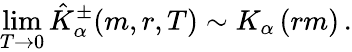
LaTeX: \operatorname*{lim}_{T\rightarrow 0}\hat{K}_{\alpha}^{\pm}(m,r,T)\sim K_{\alpha}\left(rm\right)\, .